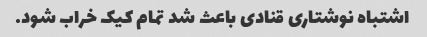
اشتباه نوشتاری قنادی باعث شد تمام کیک خراب شود.